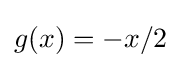
g(x)=-x/2